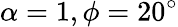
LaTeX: \alpha=1,\phi=20^{\circ}